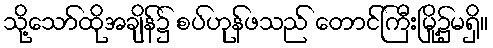
သို့သော်ထိုအချိန်၌ စပ်ဟုန်ဖသည် တောင်ကြီးမြို့၌မရှိ။